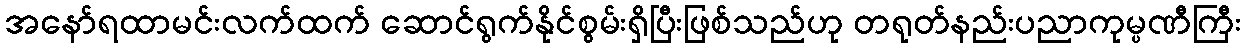
အနော်ရထာမင်းလက်ထက် ဆောင်ရွက်နိုင်စွမ်းရှိပြီးဖြစ်သည်ဟု တရုတ်နည်းပညာကုမ္ပဏီကြီး